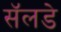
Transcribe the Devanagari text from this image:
सॅलडे